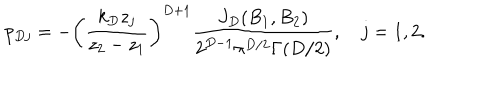
p _ { D j } = - \left( \frac { k _ { D } z _ { j } } { z _ { 2 } - z _ { 1 } } \right) ^ { D + 1 } \frac { J _ { D } ( B _ { 1 } , B _ { 2 } ) } { 2 ^ { D - 1 } \pi ^ { D / 2 } \Gamma ( D / 2 ) } , \quad j = 1 , 2 .